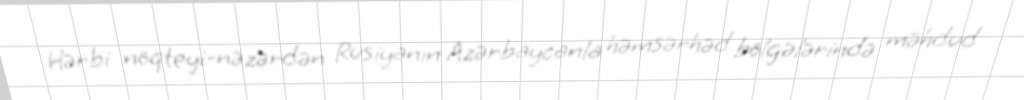
Hərbi nöqteyi-nəzərdən Rusiyanın Azərbaycanla həmsərhəd bölgələrində məhdud